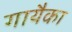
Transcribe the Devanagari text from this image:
गायैका